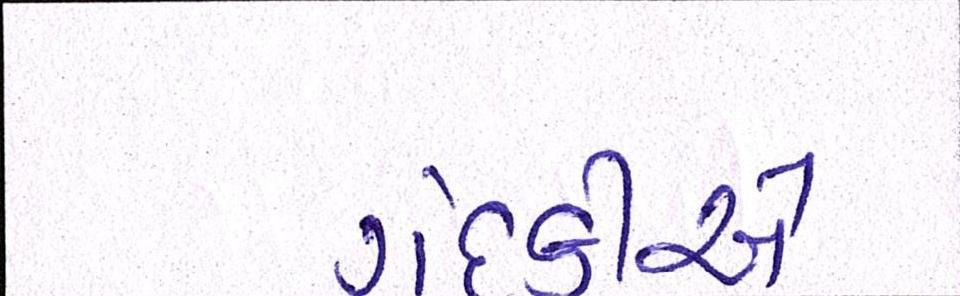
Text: ગંદકીએ